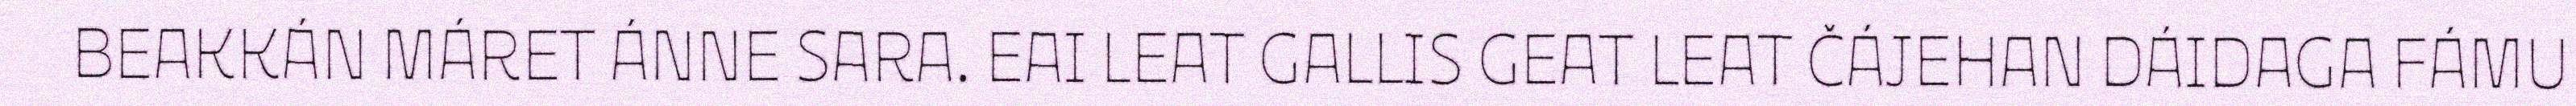
BEAKKÁN MÁRET ÁNNE SARA. EAI LEAT GALLIS GEAT LEAT ČÁJEHAN DÁIDAGA FÁMU